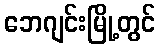
ဘေဂျင်းမြို့တွင်